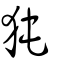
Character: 㹠